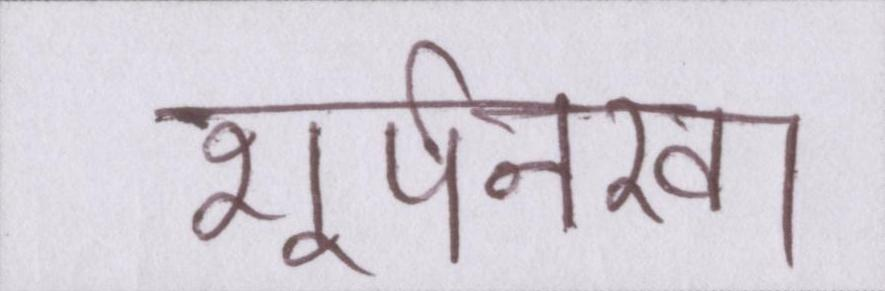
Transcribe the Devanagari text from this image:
शूर्पनखा